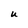
Character: u